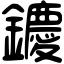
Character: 𨯙